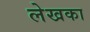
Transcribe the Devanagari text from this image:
लेखका